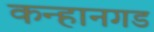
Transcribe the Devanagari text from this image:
कन्हानगड